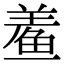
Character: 鲝